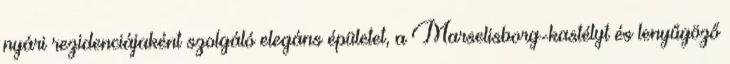
nyári rezidenciájaként szolgáló elegáns épületet, a Marselisborg-kastélyt és lenyűgöző